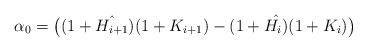
LaTeX: \begin{align*} \alpha_0 = \bigl( (1+\hat{H_{i+1}})(1+K_{i+1}) - (1+\hat{H_{i})}(1+K_{i}) \bigr)\end{align*}